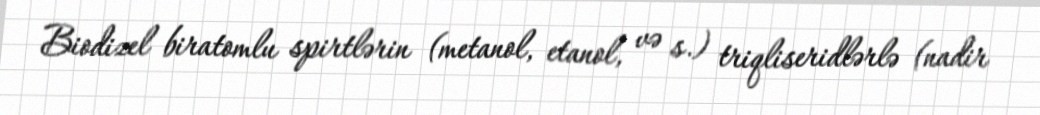
Biodizel biratomlu spirtlərin (metanol, etanol, və s.) triqliseridlərlə (nadir